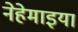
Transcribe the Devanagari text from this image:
नेहेमाइया